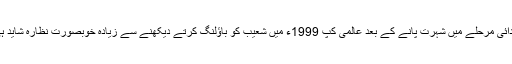
کیریئر کے ابتدائی مرحلے میں شہرت پانے کے بعد عالمی کپ 1999ء میں شعیب کو باؤلنگ کرتے دیکھنے سے زیادہ خوبصورت نظارہ شاید ہی کوئی ملا ہو۔